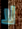
لا